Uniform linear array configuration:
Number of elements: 12
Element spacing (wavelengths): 1
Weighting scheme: blackman
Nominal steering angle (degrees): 45
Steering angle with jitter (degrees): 46.456
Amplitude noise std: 0.05
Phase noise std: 0.05

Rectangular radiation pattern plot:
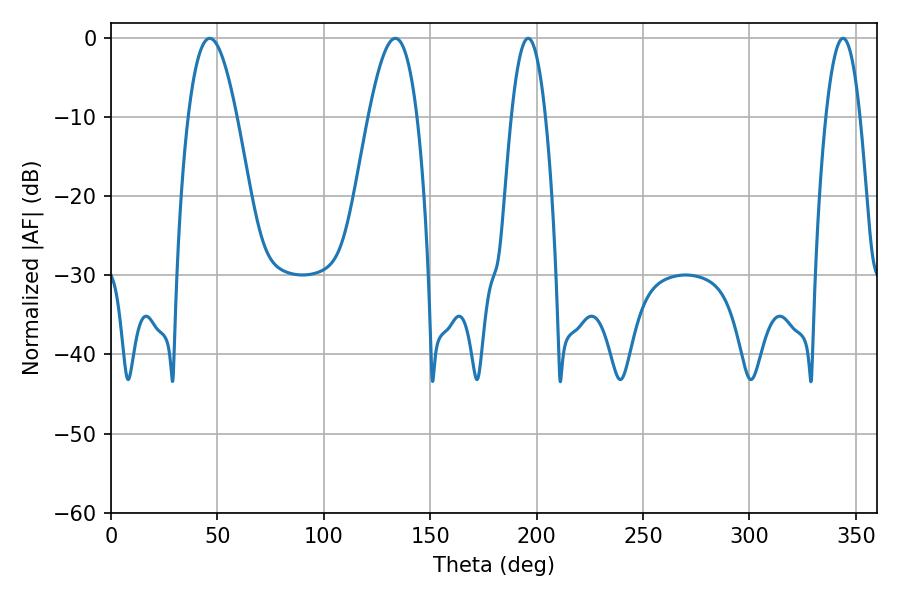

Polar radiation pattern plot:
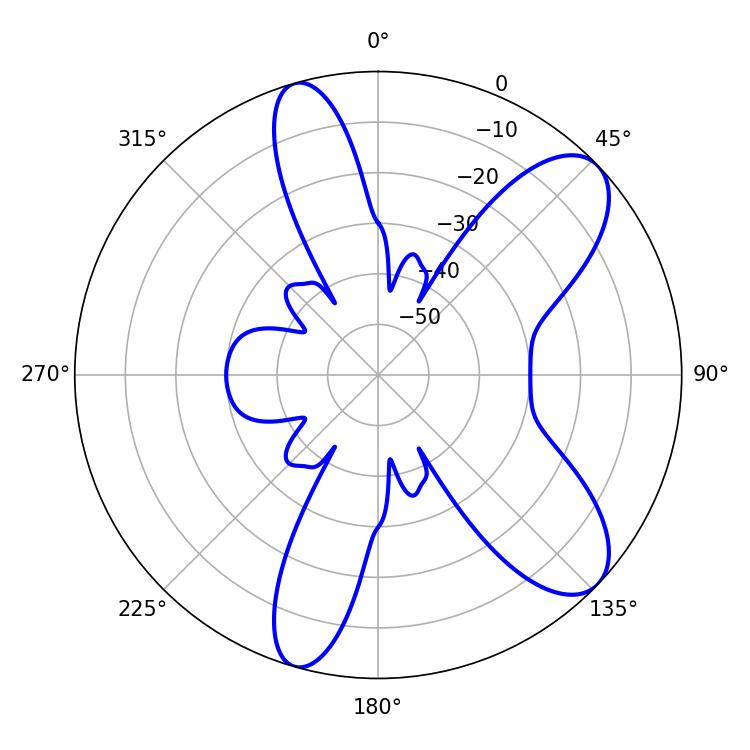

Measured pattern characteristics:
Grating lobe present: TRUE
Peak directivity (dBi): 8.978
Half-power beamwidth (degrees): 8.82
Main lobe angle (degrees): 343.98